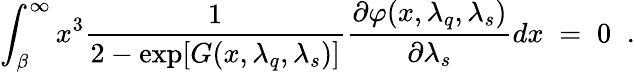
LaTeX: \int_{\beta}^{\infty}x^{3}\frac{1}{2-\exp[G(x,\lambda_{q},\lambda_{s})]}\frac{\partial\varphi(x,\lambda_{q},\lambda_{s})}{\partial\lambda_{s}}dx\; =\; 0\; \; .